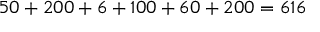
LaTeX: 5 0 + 2 0 0 + 6 + 1 0 0 + 6 0 + 2 0 0 = 6 1 6